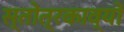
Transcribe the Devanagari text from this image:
स्तोत्रकाव्यों